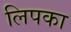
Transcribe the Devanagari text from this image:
लिपका